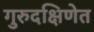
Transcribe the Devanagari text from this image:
गुरुदक्षिणेत